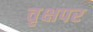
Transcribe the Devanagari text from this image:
वृक्षपर